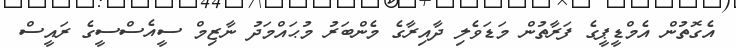
އެގޮތުން އެމްޑީޕީގެ ފަރާތުން މަޑަވެލި ދާއިރާގެ މެންބަރު މުޙައްމަދު ނާޒިމް ސީއެސްސީގެ ރައީސް